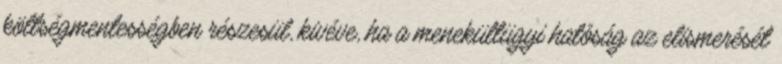
költségmentességben részesül, kivéve, ha a menekültügyi hatóság az elismerését